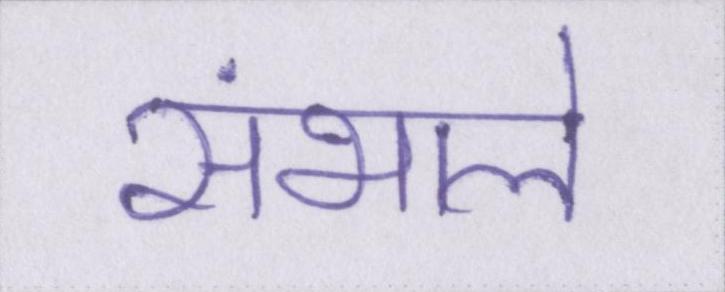
संभाले